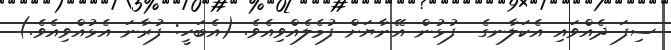
ސިފަ ދެއްވައި އެކަލާނގެ  ފުޅުން އޭނާޔަށް ފުމެލެއްވިއެވެ. (އެބަހީ: ފުރާނަ އެޅުއްވިއެވެ.)